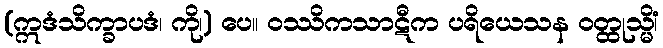
(ဣဒံသိက္ခာပဒံ၊ ကို၊) ပေ။ ဝဿိကသာဋီက ပရိယေသန ဝတ္ထုသ္မိံ၊